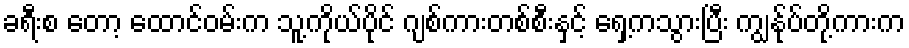
ခရီးစ တော့ ထောင်ဝမ်းက သူ့ကိုယ်ပိုင် ဂျစ်ကားတစ်စီးနှင့် ရှေ့ကသွားပြီး ကျွန်ုပ်တို့ကားက